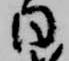
日